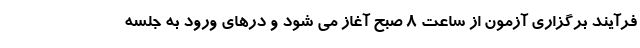
فرآیند برگزاری آزمون از ساعت ۸ صبح آغاز می شود و درهای ورود به جلسه